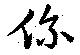
係